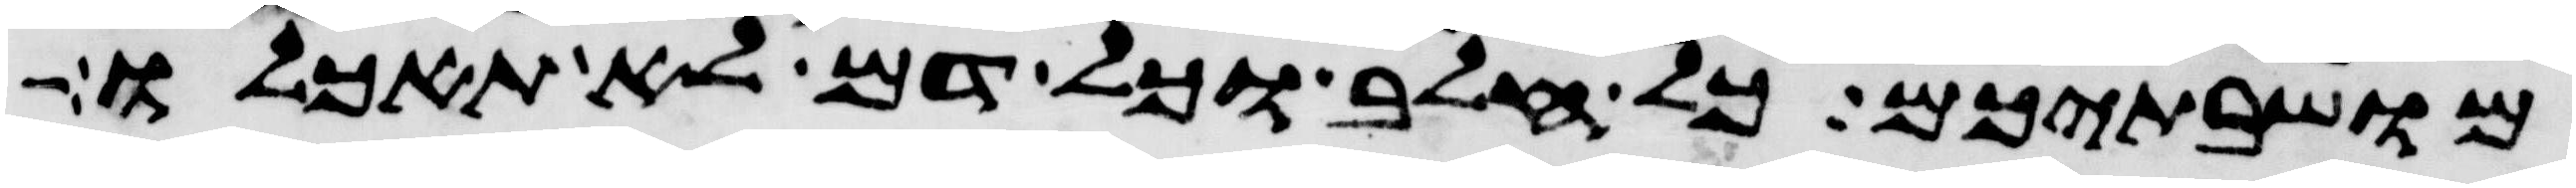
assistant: מושבתיכם כל חלב וכל דם לא תאכלו